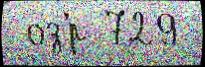
 оз'́р 729